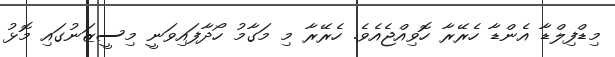
މިޑްފިލްޑާ އެންޑާ ހެރޭރާ ހޮވިއްޖެއެވެ. ހެރޭރާ މި މަގާމު ހޯދާފައިވަނީ މިސީޒަނުގައި މޮޅު